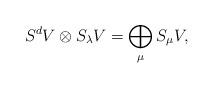
LaTeX: \begin{align*}S^d V \otimes S_\lambda V = \bigoplus_\mu S_\mu V,\end{align*}